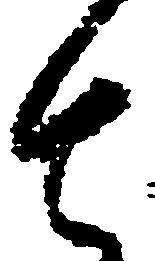
も